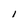
Character: l